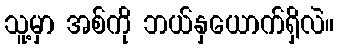
သူ့မှာ အစ်ကို ဘယ်နှယောက်ရှိလဲ။